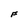
Character: F